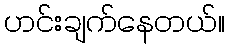
ဟင်းချက်နေတယ်။